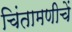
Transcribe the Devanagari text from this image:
चिंतामणीचें